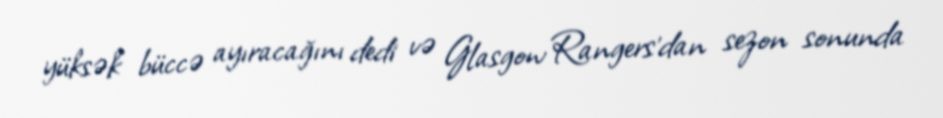
yüksək büccə ayıracağını dedi və Glasgow Rangers'dan sezon sonunda